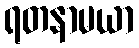
ရတနာမယာ